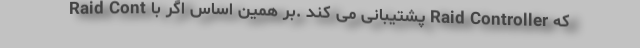
که Raid Controller پشتیبانی می کند .بر همین اساس اگر با Raid Cont